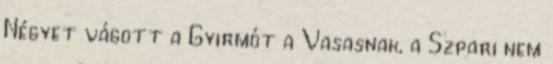
Négyet vágott a Gyirmót a Vasasnak, a Szpari nem